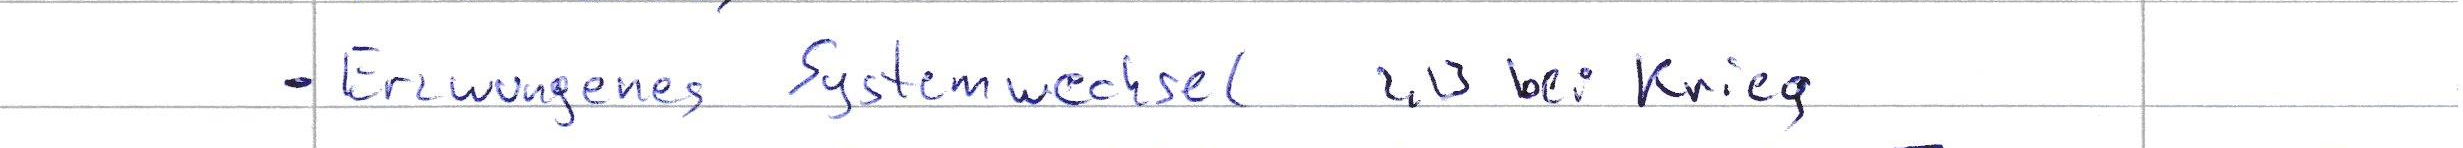
- Erzwungenes Systemwechsel z.B bei Krieg